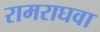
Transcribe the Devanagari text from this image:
रामराघवा